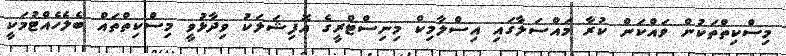
މިސްކިތްތަކުން ވައްކަން ކުރާ މައްސަލާގައި އިސްލާމިކް މިނިސްޓްރީގެ އޮފިޝަލަކު ވިދާޅުވީ މިސްކިތްތައް ބެލެހެއްޓުމަކީ